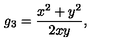
g _ { 3 } = \frac { x ^ { 2 } + y ^ { 2 } } { 2 x y } ,